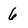
Character: 6